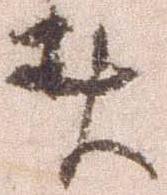
者